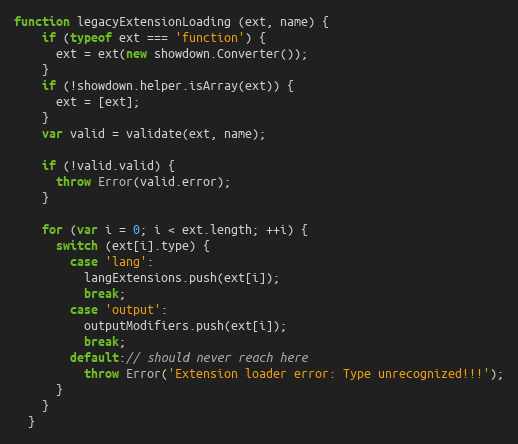
Language: JavaScript
function legacyExtensionLoading (ext, name) {
    if (typeof ext === 'function') {
      ext = ext(new showdown.Converter());
    }
    if (!showdown.helper.isArray(ext)) {
      ext = [ext];
    }
    var valid = validate(ext, name);

    if (!valid.valid) {
      throw Error(valid.error);
    }

    for (var i = 0; i < ext.length; ++i) {
      switch (ext[i].type) {
        case 'lang':
          langExtensions.push(ext[i]);
          break;
        case 'output':
          outputModifiers.push(ext[i]);
          break;
        default:// should never reach here
          throw Error('Extension loader error: Type unrecognized!!!');
      }
    }
  }